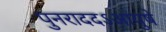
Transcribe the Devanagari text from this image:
पुनराददऽआयुषे